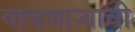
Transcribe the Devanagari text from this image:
वाचणाऱ्याची